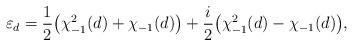
LaTeX: \begin{align*} \varepsilon_d = \frac{1}{2}\big( \chi_{-1}^2(d) + \chi_{-1}(d) \big) + \frac{i}{2}\big( \chi_{-1}^2(d) - \chi_{-1}(d) \big), \end{align*}